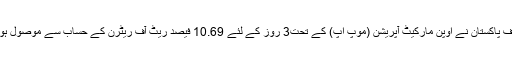
پیر کو جاری کردہ اعداد و شمار کے مطابق سٹیٹ بینک آف پاکستان نے اوپن مارکیٹ آپریشن (موپ اپ) کے تحت3 روز کے لئے 10.69 فیصد ریٹ آف ریٹرن کے حساب سے موصول ہونے والی بولی 25 ارب 60 کروڑ روپے منظور کر لئے۔